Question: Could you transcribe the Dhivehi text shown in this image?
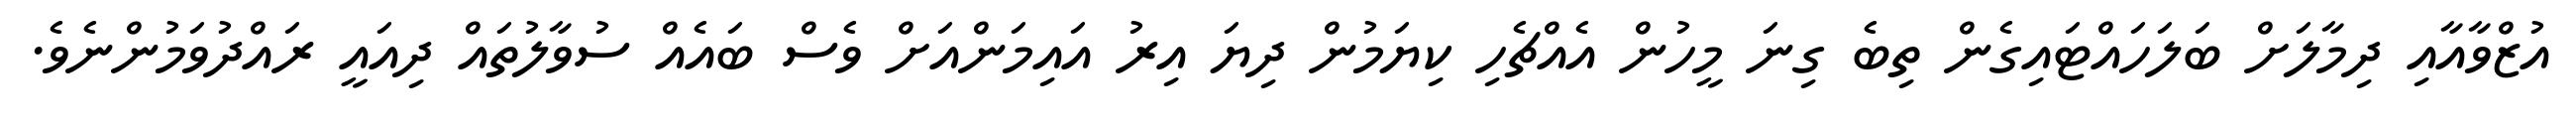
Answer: އުޒްވާއާއި ދިމާލަށް ބަލަހައްޓައިގެން ތިބެ ގިނަ މީހުން އެއްޗެހި ކިޔަމުން ދިޔަ އިރު އައިމަންއަށް ވެސް ބައެއް ސުވާލުތައް ދިއައީ ރައްދުވަމުންނެވެ.